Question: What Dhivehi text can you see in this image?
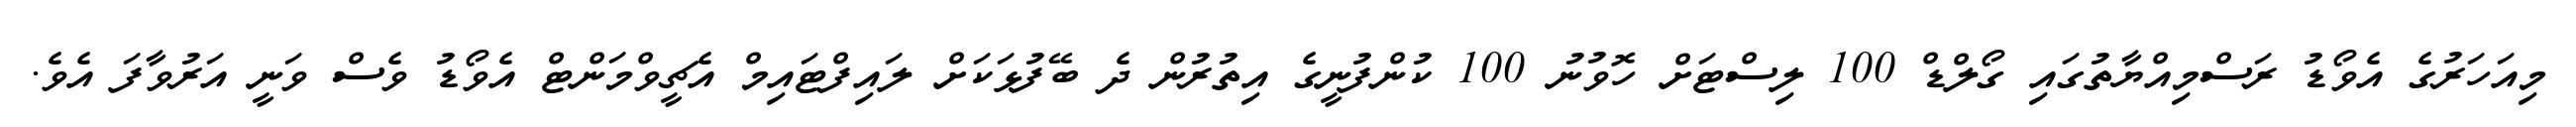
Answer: މިއަހަރުގެ އެވޯޑު ރަސްމިއްޔާތުގައި ގޯލްޑް 100 ލިސްޓަށް ހޮވުނު 100 ކުންފުނީގެ އިތުރުން ދެ ބޭފުޅަކަށް ލައިފްޓައިމް އެޗީވްމަންޓް އެވޯޑު ވެސް ވަނީ އަރުވާފަ އެވެ.